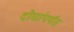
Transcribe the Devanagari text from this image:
दोघांपर्यंत